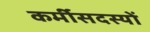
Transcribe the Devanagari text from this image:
कर्मीसदस्यों